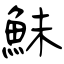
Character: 鮇